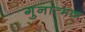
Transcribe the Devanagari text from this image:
गुनात्मक